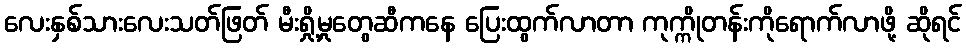
လေးနှစ်သားလေးသတ်ဖြတ် မီးရှို့မှုတွေဆီကနေ ပြေးထွက်လာတာ ကုက္ကိုတန်းကိုရောက်လာဖို့ ဆိုရင်